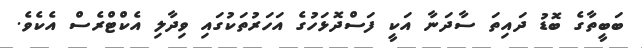
ބަބީތާގެ ބޮޑު ދައިތަ ސާދަނާ އަކީ ފަސްދޮޅަހުގެ އަހަރުތަކުގައި ވިދާލި އެކްޓްރެސް އެކެވެ.